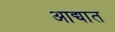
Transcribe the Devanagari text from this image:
आद्यात